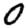
Digit: 0